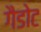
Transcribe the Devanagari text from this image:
गैडोट